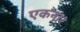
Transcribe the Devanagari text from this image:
एकनार